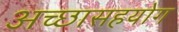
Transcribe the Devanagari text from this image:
अच्छासहयोग